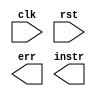
module fetch (clk, rst, err, instr);

	input clk;
	input rst;
	output err;
	output [15:0] instr;

	// Your Code goes here

endmodule